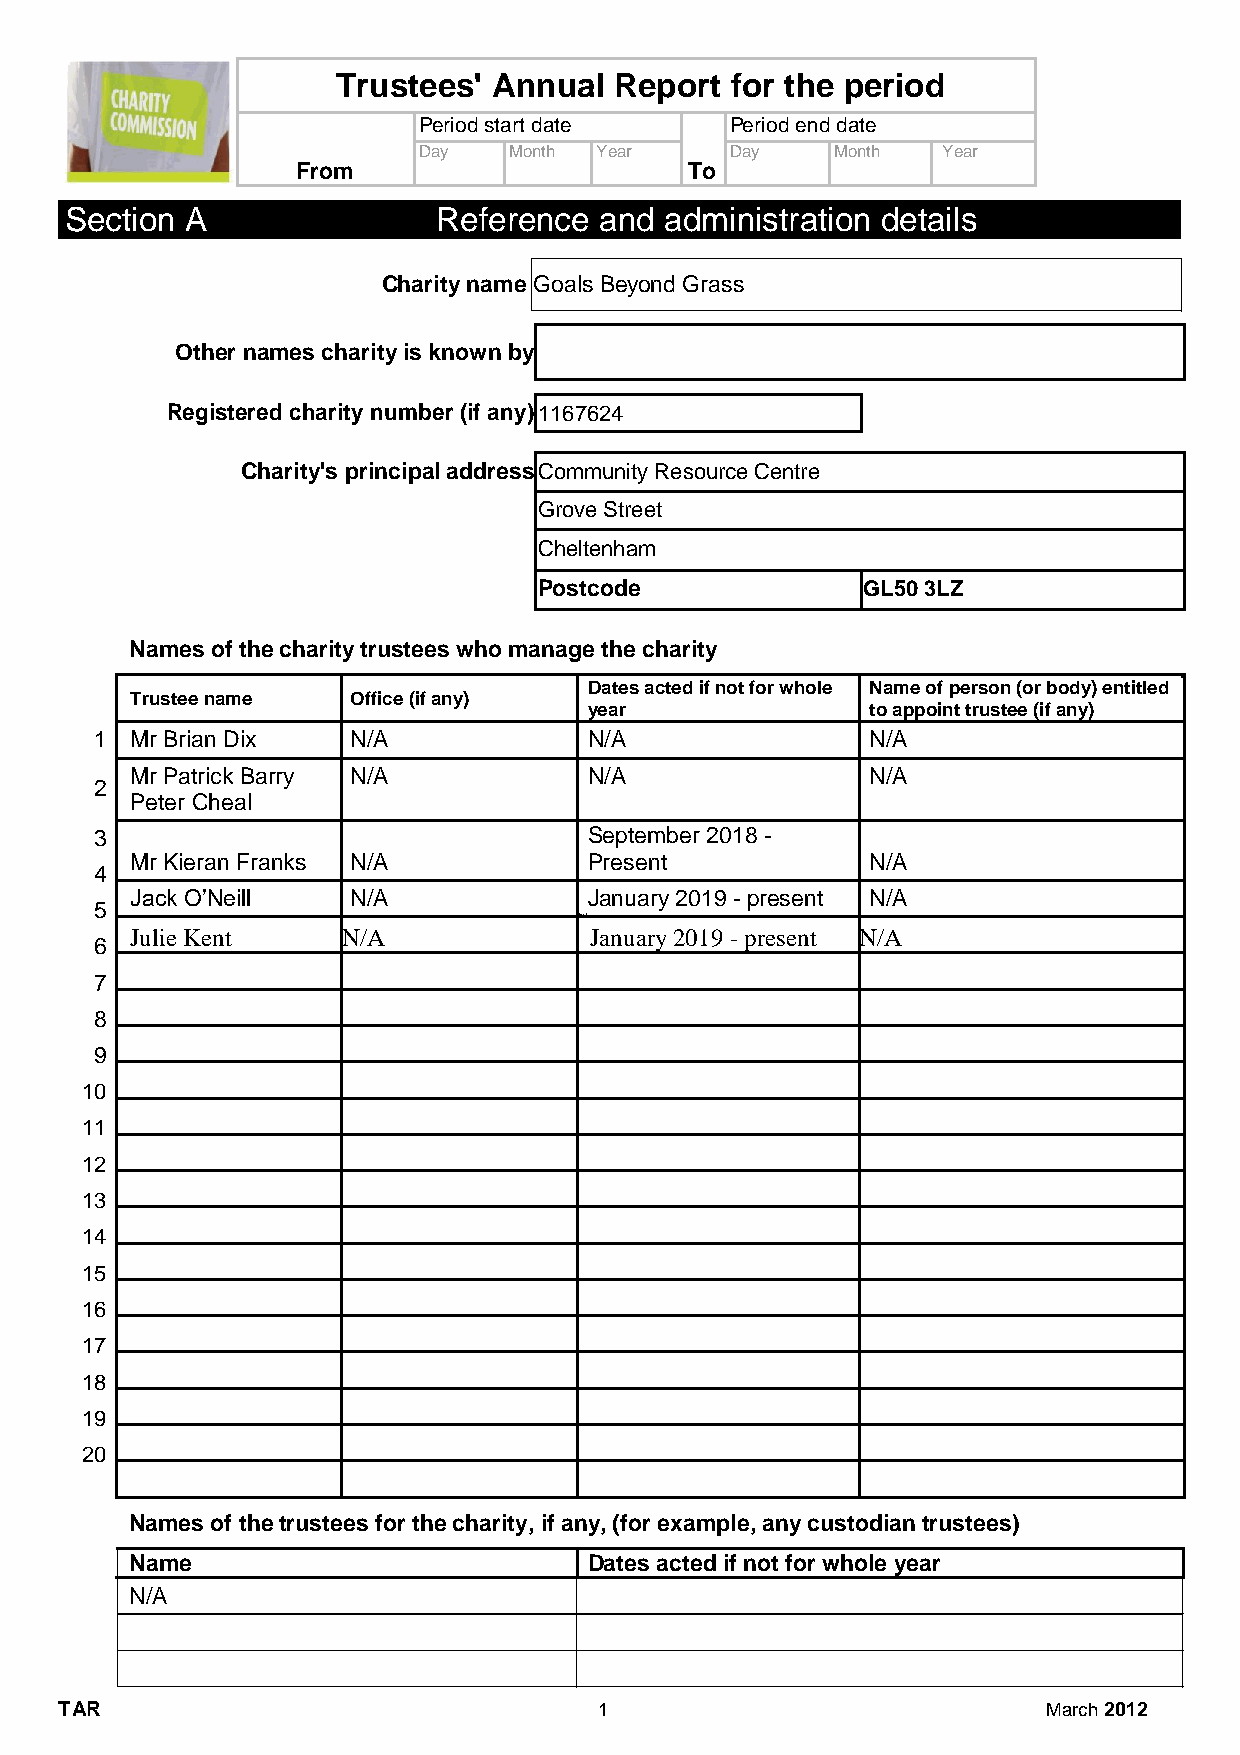
Trustees'  Annual  Report for the period
 Period start date   Period end date
 Day   Month Year    Day    Month  Year
 From                      To
 Section A                Reference  and administration details
 Charity name Goals Beyond Grass
 Other names charity is known by
 Registered charity number (if any) 1167624
 Charity's principal address Community Resource Centre
 Grove Street
 Cheltenham
 Postcode             GL50 3LZ
 Names of the charity trustees who manage the charity
 Dates acted if not for whole Name of person (or body) entitled
 Trustee name  Office (if any)
 year               to appoint trustee (if any)
 1  Mr Brian Dix  N/A             N/A                N/A
 Mr Patrick Barry N/A          N/A                N/A
 2
 Peter Cheal
 3                                September 2018 -
 Mr Kieran Franks N/A          Present            N/A
 4
 Jack O’Neill  N/A             January 2019 - present N/A
 5
 January
 Julie Kent    N/A             January 2019 - present N/A
 6
 7
 8
 9
 10
 11
 12
 13
 14
 15
 16
 17
 18
 19
 20
 Names of the trustees for the charity, if any, (for example, any custodian trustees)
 Name                          Dates acted if not for whole year
 N/A
 TAR                                 1                            March 2012